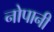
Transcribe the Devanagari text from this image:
नोपानी